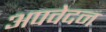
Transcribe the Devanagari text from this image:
अपवेदन